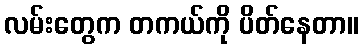
လမ်းတွေက တကယ်ကို ပိတ်နေတာ။